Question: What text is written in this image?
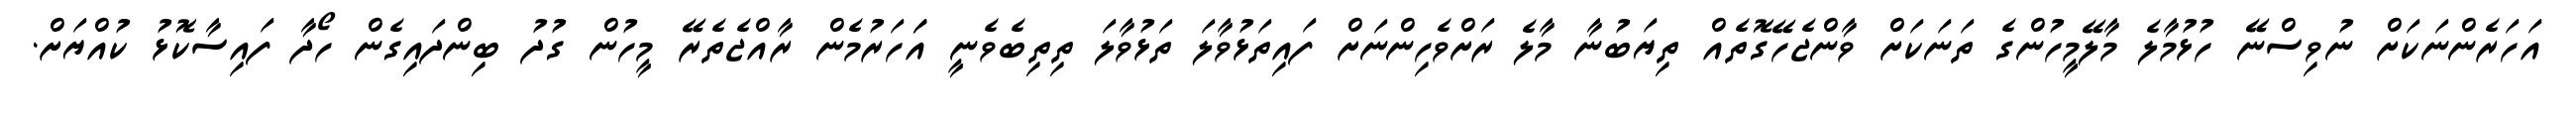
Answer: އަހަރެންނަކަށް ނުވިސްނޭ ހުޅުމާލެ މާލޭމީހުންގެ ތަނަކަށް ވާންޖެހޭގޮތެއް ތިޔަބުނާ މާލެ ރަށްވެހިންނަށް ފައިތަޅުވާލަ ތަޅުވާލަ ތިތިބެވެނީ އަަހަރުމެން ރާއްޖެތެރޭ މީހުން ގުދު ބިންދައިގެން ހޯދާ ފައިސާކޮޅު ކުއްޔަށް.